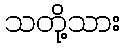
သတို့သား